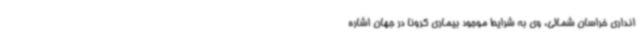
انداری خراسان شمالی، وی به شرایط موجود بیماری کرونا در جهان اشاره